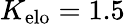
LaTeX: K_{\mathrm{elo}}=1.5